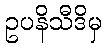
ဥပနိသီဒိမှ